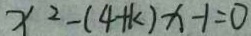
x ^ { 2 } - ( 4 + k ) x - 1 = 0